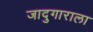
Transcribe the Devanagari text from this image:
जादुगाराला